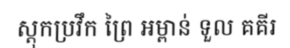
ស្តុកប្រវឹក ព្រៃ អម្ពាន់ ទួល គគីរ